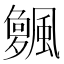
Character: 𱃌